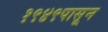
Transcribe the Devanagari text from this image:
१९४९पासून